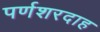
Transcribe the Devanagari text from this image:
पर्णशरदाह